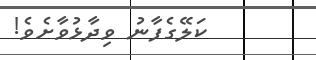
ކަލޭގެފާނު ވިދާޅުވާށެވެ!